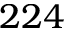
2 2 4